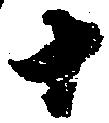
十